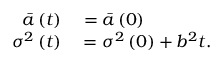
\begin{array} { r l } { \bar { a } \left( t \right) } & { { } = \bar { a } \left( 0 \right) } \\ { \sigma ^ { 2 } \left( t \right) } & { { } = \sigma ^ { 2 } \left( 0 \right) + b ^ { 2 } t . } \end{array}